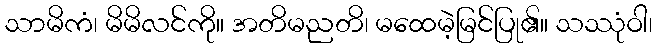
သာမိကံ၊ မိမိလင်ကို။ အတိမညတိ၊ မထေမဲ့မြင်ပြု၏။ သဿုံဝါ၊